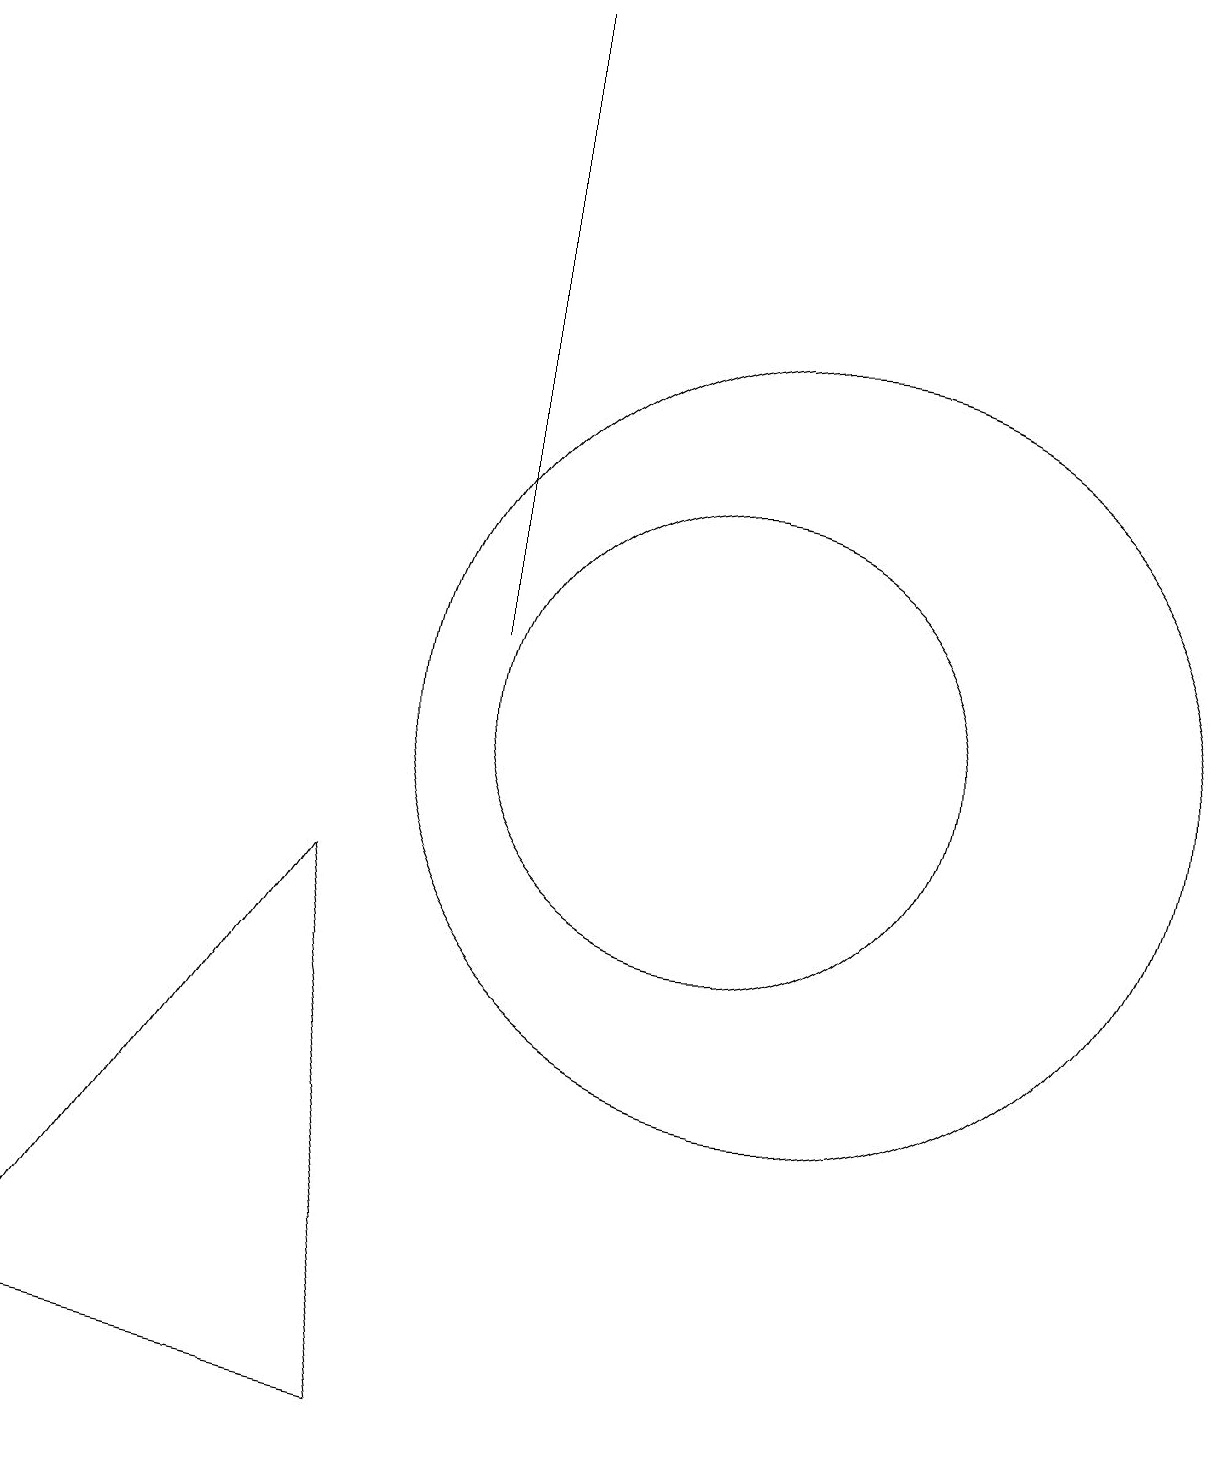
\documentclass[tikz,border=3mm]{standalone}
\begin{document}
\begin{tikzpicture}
\draw (7,11) rectangle (7,19);
\draw (6,1) -- (1,2) -- (5,8) -- cycle;
\draw (10,10) circle (3);
\draw (11,10) circle (5);
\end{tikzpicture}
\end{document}